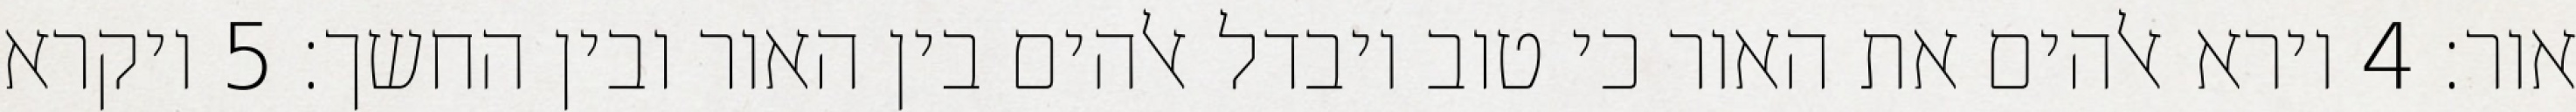
אור׃ ‎4‏ וירא אלהים את האור כי טוב ויבדל אלהים בין האור ובין החשך׃ ‎5‏ ויקרא